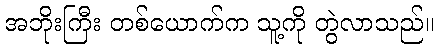
အဘိုးကြီး တစ်ယောက်က သူ့ကို တွဲလာသည်။